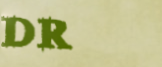
DR.